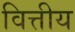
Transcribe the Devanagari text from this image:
वित्तीय